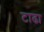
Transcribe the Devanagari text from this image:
टाढा